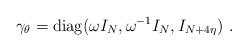
LaTeX: \begin{align*}\gamma_\theta={\rm diag}(\omega I_N,\omega^{-1} I_N, I_{N+4\eta})~.\end{align*}